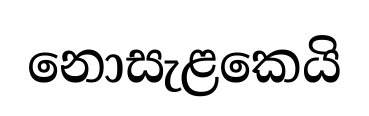
නොසැළකෙයි